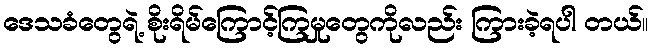
ဒေသခံတွေရဲ့ စိုးရိမ်ကြောင့်ကြမှုတွေကိုလည်း ကြားခဲ့ရပါ တယ်။